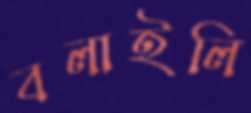
বলাইলি